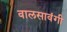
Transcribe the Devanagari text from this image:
वालसावंगी